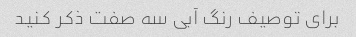
برای توصیف رنگ آبی سه صفت ذکر کنید